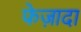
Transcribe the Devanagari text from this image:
फेज़ादा